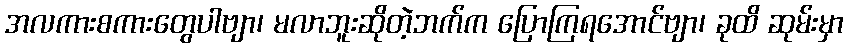
အလကားစကားတွေပါဗျာ၊ မလာဘူးဆိုတဲ့ဘက်က ပြောကြရအောင်ဗျာ၊ ခုထိ ဆုမ်းမှာ